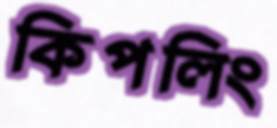
কিপলিং